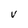
Character: v